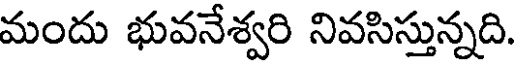
మందు భువనేశ్వరి నివసిస్తున్నది.